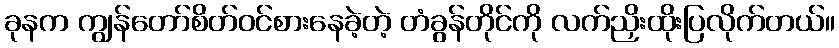
ခုနက ကျွန်တော်စိတ်ဝင်စားနေခဲ့တဲ့ တံခွန်တိုင်ကို လက်ညှိးထိုးပြလိုက်တယ်။